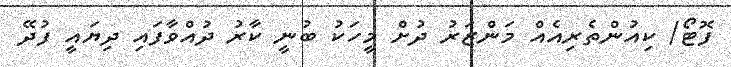
ފޮޓޯ/ ކިއުންތެރިއެއް މަންޒަރު ދުށް މީހަކު ބުނީ ކާރު ދުއްވާފައި ދިޔައީ ފުދޭ